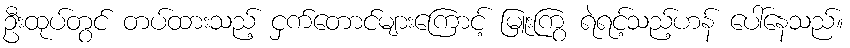
ဦးထုပ်တွင် တပ်ထားသည့် ငှက်တောင်များကြောင့် မြူးကြွ ရဲရင့်သည့်ဟန် ပေါ်နေသည်။